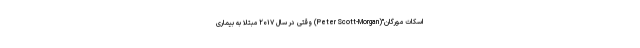
اسکات مورگان"(Peter Scott-Morgan) وقتی در سال ۲۰۱۷ مبتلا به بیماری